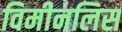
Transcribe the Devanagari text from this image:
विमीनलिस